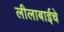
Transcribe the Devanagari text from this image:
लीलाबाईचे